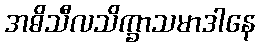
အဓိသီလသိက္ခာသမာဒါနေ